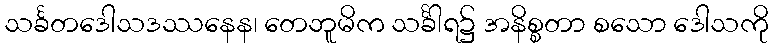
သင်္ခတဒေါသဒဿနေန၊ တေဘူမိက သင်္ခါရ၌ အနိစ္စတာ စသော ဒေါသကို